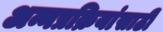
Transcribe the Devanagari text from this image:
अन्नप्रक्रियांसाठी